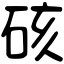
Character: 硋